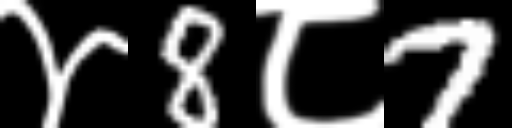
Text: ४8८7